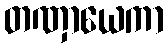
တဏှာယေကာ